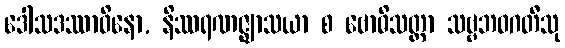
ဒေါသဒဿာဝိနော, နိဿရဏဇ္ဈာသယာ စ ဗောဓိသတ္တာ သဗ္ဗဘဝဂတီသု